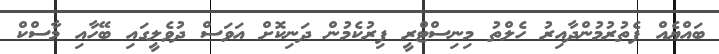
ބައްޔެއް ފެތުރުމުންދާއިރު ހެލްތު މިނިސްޓްރީ ފިރުކެމުން ދަނިކޮށް އަވަސް ދުވެލީގައި ބޭހާއި މާސްކް